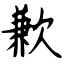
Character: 歉